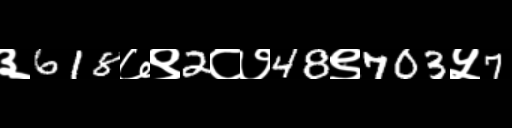
Text: ३618७९2८७48९703५7